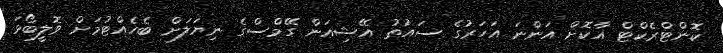
ކޮންޓްރެކްޓް އާކޮށް އަންނަ އަހަރުގެ ސައުތު އޭޝިއަން ގޭމްސްގެ ނިޔަލަށް ބެހެއްޓުމަށް ވޮލީބޯޅަ